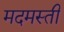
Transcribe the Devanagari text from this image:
मदमस्ती